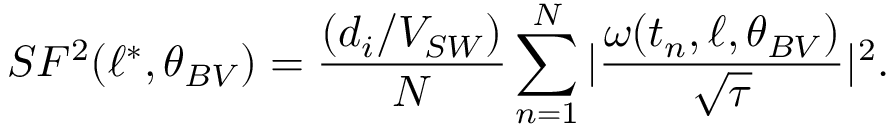
S F ^ { 2 } ( \ell ^ { \ast } , \theta _ { B V } ) = \frac { ( d _ { i } / V _ { S W } ) } { N } \sum _ { n = 1 } ^ { N } | \frac { \boldsymbol { \omega } ( t _ { n } , \ell , \theta _ { B V } ) } { \sqrt { \tau } } | ^ { 2 } .